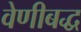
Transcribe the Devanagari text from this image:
वेणीबद्ध